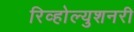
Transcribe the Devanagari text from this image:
रिव्होल्युशनरी